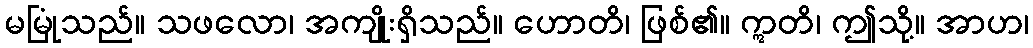
မမြုံသည်။ သဖလော၊ အကျိုးရှိသည်။ ဟောတိ၊ ဖြစ်၏။ ဣတိ၊ ဤသို့။ အာဟ၊